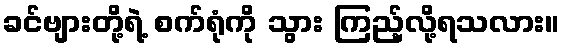
ခင်ဗျားတို့ရဲ့ စက်ရုံကို သွား ကြည့်လို့ရသလား။